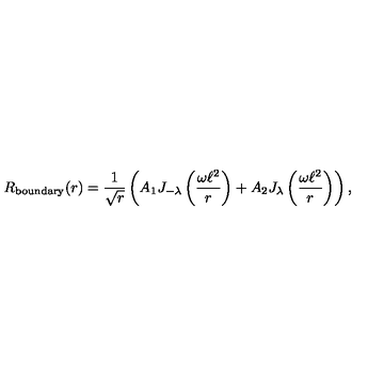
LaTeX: R _ { \mathrm { b o u n d a r y } } ( r ) = \frac { 1 } { \sqrt { r } } \left( A _ { \mathrm { 1 } } J _ { - \lambda } \left( \frac { \omega \ell ^ { 2 } } { r } \right) + A _ { \mathrm { 2 } } J _ { \lambda } \left( \frac { \omega \ell ^ { 2 } } { r } \right) \right) ,